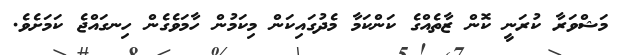
މަޝްވަރާ ކުރަނީ ކޮން ޒާތެއްގެ ކަންކަމާ މެދުގައިކަން މިކަމުން ހާމަވެގެން ހިނގައްޖެ ކަމަށެވެ.